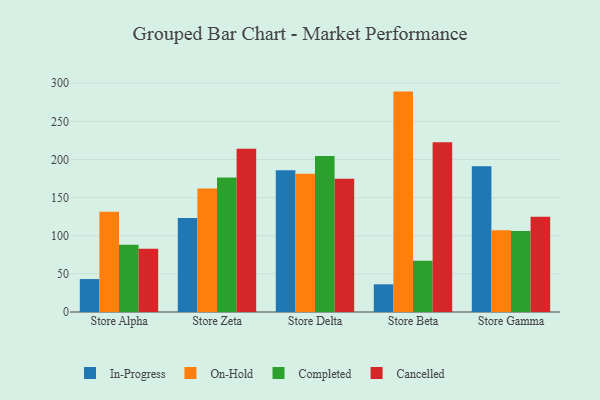
{"axis": {"x": "Store", "y": "Population (Million)"}, "legend": ["Cancelled", "Completed", "In-Progress", "On-Hold"], "data": [{"x": "Store Alpha", "y": 43.2, "type": "In-Progress"}, {"x": "Store Alpha", "y": 131.3, "type": "On-Hold"}, {"x": "Store Alpha", "y": 88.2, "type": "Completed"}, {"x": "Store Alpha", "y": 82.9, "type": "Cancelled"}, {"x": "Store Zeta", "y": 123.1, "type": "In-Progress"}, {"x": "Store Zeta", "y": 162.0, "type": "On-Hold"}, {"x": "Store Zeta", "y": 176.3, "type": "Completed"}, {"x": "Store Zeta", "y": 214.0, "type": "Cancelled"}, {"x": "Store Delta", "y": 186.0, "type": "In-Progress"}, {"x": "Store Delta", "y": 181.3, "type": "On-Hold"}, {"x": "Store Delta", "y": 204.6, "type": "Completed"}, {"x": "Store Delta", "y": 174.6, "type": "Cancelled"}, {"x": "Store Beta", "y": 36.3, "type": "In-Progress"}, {"x": "Store Beta", "y": 289.0, "type": "On-Hold"}, {"x": "Store Beta", "y": 67.2, "type": "Completed"}, {"x": "Store Beta", "y": 222.7, "type": "Cancelled"}, {"x": "Store Gamma", "y": 191.0, "type": "In-Progress"}, {"x": "Store Gamma", "y": 107.1, "type": "On-Hold"}, {"x": "Store Gamma", "y": 106.2, "type": "Completed"}, {"x": "Store Gamma", "y": 125.0, "type": "Cancelled"}]}